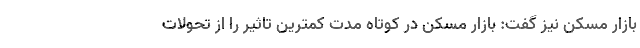
بازار مسکن نیز گفت: بازار مسکن در کوتاه مدت کمترین تاثیر را از تحولات